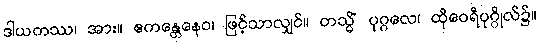
ဒါယကဿ၊ အား။ ဧကန္တေနေဝ၊ ဖြင့်သာလျှင်။ တသ္မိံ ပုဂ္ဂလေ၊ ထိုဝေရီပုဂ္ဂိုလ်၌။